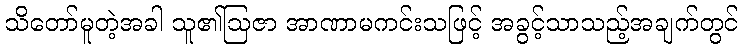
သိတော်မူတဲ့အခါ သူ၏ဩဇာ အာဏာမကင်းသဖြင့် အခွင့်သာသည့်အချက်တွင်